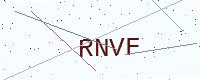
Text: RNVF